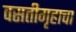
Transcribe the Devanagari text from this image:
वसतीगृहाचा